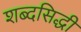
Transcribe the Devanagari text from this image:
शब्दसिद्धी